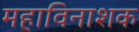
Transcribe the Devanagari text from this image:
महाविनाशक